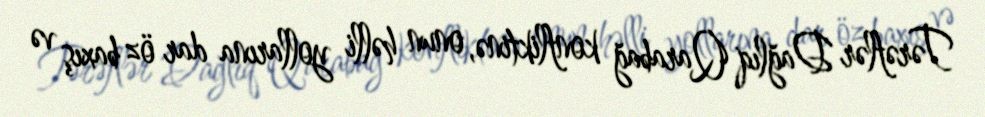
Tərəflər Dağlıq Qarabağ konfliktinə, onun həlli yollarına dar öz baxış və